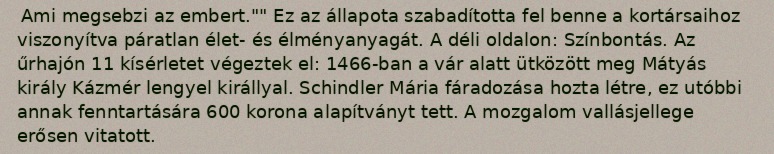
Ami megsebzi az embert."" Ez az állapota szabadította fel benne a kortársaihoz viszonyítva páratlan élet- és élményanyagát. A déli oldalon: Színbontás. Az űrhajón 11 kísérletet végeztek el: 1466-ban a vár alatt ütközött meg Mátyás király Kázmér lengyel királlyal. Schindler Mária fáradozása hozta létre, ez utóbbi annak fenntartására 600 korona alapítványt tett. A mozgalom vallásjellege erősen vitatott.